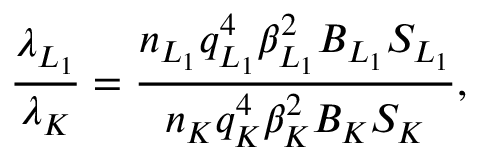
\frac { \lambda _ { L _ { 1 } } } { \lambda _ { K } } = \frac { n _ { L _ { 1 } } q _ { L _ { 1 } } ^ { 4 } \beta _ { L _ { 1 } } ^ { 2 } B _ { L _ { 1 } } S _ { L _ { 1 } } } { n _ { K } q _ { K } ^ { 4 } \beta _ { K } ^ { 2 } B _ { K } S _ { K } } ,